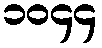
၁၀၄၄